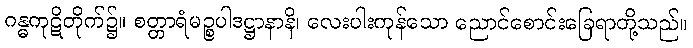
ဂန္ဓကုဋိတိုက်၌။ စတ္တာရံမဉ္စပါဒဋ္ဌာနာနိ၊ လေးပါးကုန်သော ညောင်စောင်းခြေရာတို့သည်။